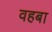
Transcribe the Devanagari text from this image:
वहबा